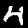
Digit: 4